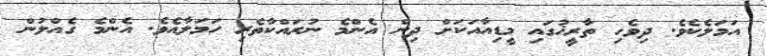
އަމަލެކެވެ. ދިވެހި ތާރީޚުގައި މީޑިއާއަކަށް ދިން އެންމެ ނުރައްކާތެރި ހަމަލާއެވެ. އެންމެ ގެއްލުން